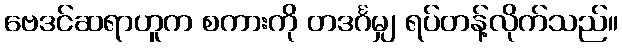
ဗေဒင်ဆရာဟူက စကားကို တဒင်္ဂမျှ ရပ်တန့်လိုက်သည်။